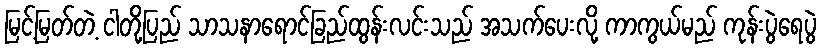
မြင့်မြတ်တဲ့ ငါတို့ပြည် သာသနာရောင်ခြည်ထွန်းလင်းသည် အသက်ပေးလို့ ကာကွယ်မည် ကုန်းပွဲရေပွဲ